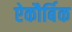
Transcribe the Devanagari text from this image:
ऐकौर्बिक